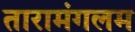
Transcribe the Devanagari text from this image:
तारामंगलम